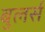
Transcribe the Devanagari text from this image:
बुलर्स